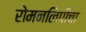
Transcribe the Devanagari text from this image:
रोमनलिपीचा